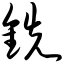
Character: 铣